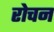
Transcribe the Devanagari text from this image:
रोचन